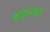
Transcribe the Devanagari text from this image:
कोट्टाराक्कारा